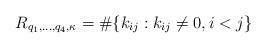
LaTeX: \begin{align*}R_{q_1,\ldots,q_4,\kappa}=\#\{k_{ij}: k_{ij}\neq 0, i<j \}\end{align*}